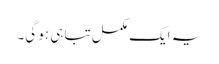
یہ ایک مکمل تباہی ہو گی۔